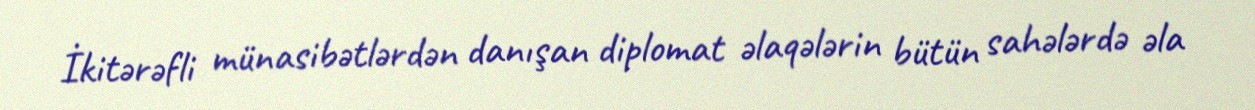
İkitərəfli münasibətlərdən danışan diplomat əlaqələrin bütün sahələrdə əla